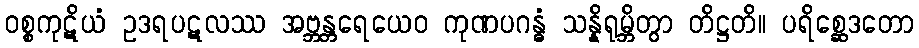
ဝစ္စကုဋိယံ ဥဒရပဋလဿ အဗ္ဘန္တရေယေဝ ကုဏပဂန္ဓံ သန္နိရုမ္ဘိတွာ တိဋ္ဌတိ။ ပရိစ္ဆေဒတော